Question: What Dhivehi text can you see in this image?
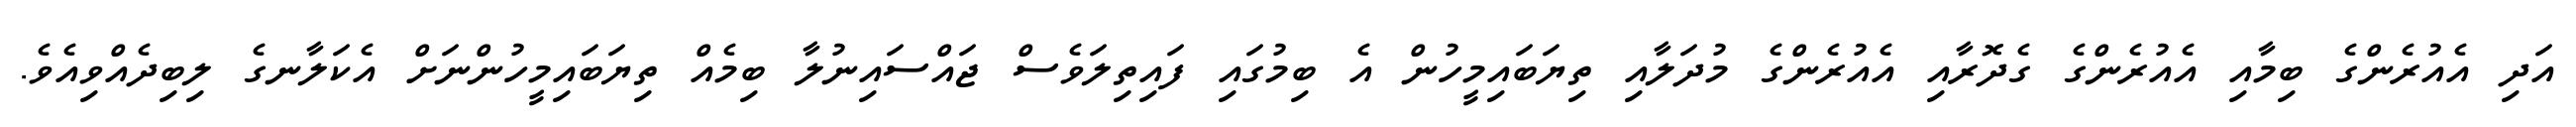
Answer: އަދި އެއުރެންގެ ބިމާއި އެއުރެންގެ ގެދޮރާއި އެއުރެންގެ މުދަލާއި ތިޔަބައިމީހުން އެ ބިމުގައި ފައިތިލަވެސް ޖައްސައިނުލާ ބިމެއް ތިޔަބައިމީހުންނަށް އެކަލާނގެ ލިބިދެއްވިއެވެ.